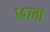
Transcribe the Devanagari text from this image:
१४७वां